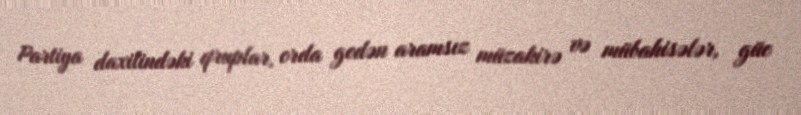
Partiya daxilindəki qruplar, orda gedən aramsız müzakirə və mübahisələr, güc